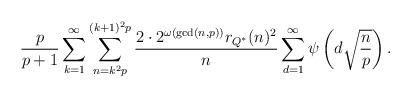
LaTeX: \begin{align*}\frac{p}{p+1} \sum_{k=1}^{\infty} \sum_{n=k^{2} p}^{(k+1)^{2} p}\frac{2 \cdot 2^{\omega(\gcd(n,p))} r_{Q^{*}}(n)^{2}}{n} \sum_{d=1}^{\infty} \psi\left(d \sqrt{\frac{n}{p}}\right).\end{align*}